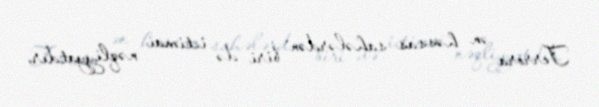
Terrora ən həssas sahələrdən biri də ictimai nəqliyyatdır.